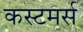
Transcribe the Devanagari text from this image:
कस्टमर्स